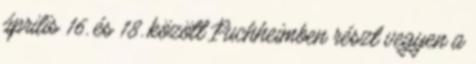
április 16. és 18. között Puchheimben részt vegyen a